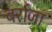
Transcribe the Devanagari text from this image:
बर्राज़ा